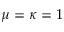
\mu = \kappa = 1